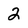
Character: 2